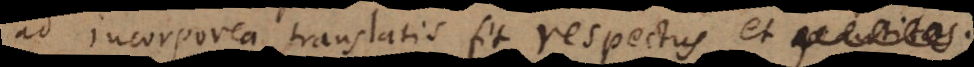
ad incorporea translatis fit respectus, et